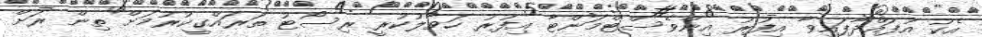
އެކު އުފައްދާފައިވާ އިފުރު އިންވެސްޓްމަންޓާ އިފުރު ހަވާލުކުރީ ރިސޯޓު ތަރައްގީކުރުމަށް ތިން ރަށް